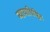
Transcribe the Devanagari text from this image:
न्यायाधिष्ठित